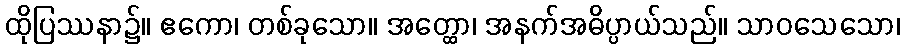
ထိုပြဿနာ၌။ ဧကော၊ တစ်ခုသော။ အတ္ထော၊ အနက်အဓိပ္ပာယ်သည်။ သာဝသေသော၊